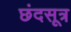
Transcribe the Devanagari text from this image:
छंदसूत्र